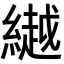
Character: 𦅲